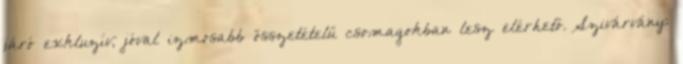
járó exkluzív, jóval izmosabb összetételű csomagokban lesz elérhető. Szivárvány: